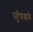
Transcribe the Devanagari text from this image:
पहुँचवाने